Account of plague administration in the Bombay Presidency from September 1896 till May 1897
Year: 1896
Disease focus: Plague
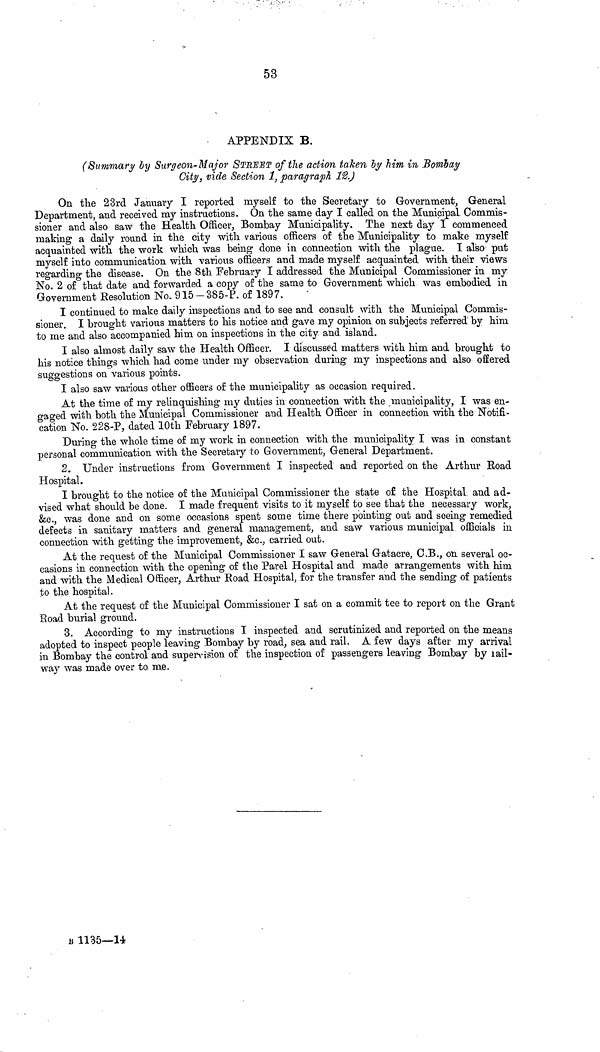
53
APPENDIX B.
(Summary by Surgeon-Major STREET of the action taken by him in Bombay
City, vide Section 1, paragraph 12.)
On the 23rd January I reported myself to the Secretary to Government, General
Department, and received my instructions. On the same day I called on the Municipal Commis-
sioner and also saw the Health Officer, Bombay Municipality. The next day I commenced
making a daily round in the city with various officers of the Municipality to make myself
acquainted with the work which was being done in connection with the plague. I also put
myself into communication with various officers and made myself acquainted with their views
regarding the disease. On the 8th February I addressed the Municipal Commissioner in my
No. 2 of that date and forwarded a copy of the same to Government which was embodied in
Government Resolution No. 915-385-P. of 1897.
I continued to make daily inspections and to see and consult with the Municipal Commis-
sioner. I brought various matters to his notice and gave my opinion on subjects referred by him
to me and also accompanied him on inspections in the city and. island.
I also almost daily saw the Health Officer. I discussed matters with him and brought to
his notice things which had come under my observation during my inspections and also offered
suggestions on various points.
I also saw various other officers of the municipality as occasion required.
At the time of my relinquishing my duties in connection with the municipality, I was en-
gaged with both the Municipal Commissioner and Health Officer in connection with the Notifi-
cation No. 22S-P, dated 10th February 1897.
During the whole time of my work in connection with the municipality I was in constant
personal communication with the Secretary to Government, General Department.
2. Under instructions from Government I inspected and reported on the Arthur Road
Hospital.
I brought to the notice of the Municipal Commissioner the state of the Hospital, and ad-
vised what should be done. I made frequent visits to it myself to see that the necessary work,
&c., was done and on some occasions spent some time there pointing out and seeing remedied
defects in sanitary matters and general management, and saw various municipal officials in
connection with getting the improvement, &c., carried out.
At the request of the Municipal Commissioner I saw General Gatacre, C.B., on several oc-
casions in connection with the opening of the Parel Hospital and made arrangements with him
and with the Medical Officer, Arthur Road Hospital, for the transfer and the sending of patients
to the hospital.
At the request of the Municipal Commissioner I sat on a commit tee to report on the Grant
Road burial ground.
3. According to my instructions I inspected and scrutinized and reported on the means
adopted to inspect people leaving Bombay by road, sea and rail. A few days after my arrival
in Bombay the control and supervision of the inspection of passengers leaving Bombay by lail-
way was made over to me.
Β 1135—U